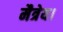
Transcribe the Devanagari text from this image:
मैत्रेय।